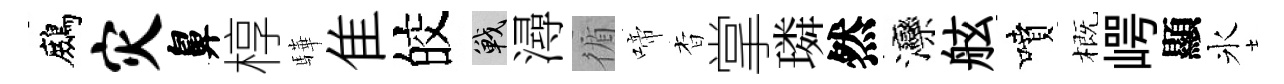
鷓灾鼻椁驊隹皎戰潯循啼杳掌璘然灤舷噴概崿顯氷